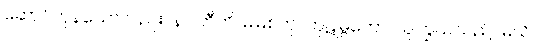
ဆောင်ကုန်သော်လည်း။ နဝါတီတိ၊ မမြစ်ဟု။ ကုဋုမ္ဗိကော၊ သူကြွယ်သည်။ မယိ၊